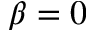
\beta = 0